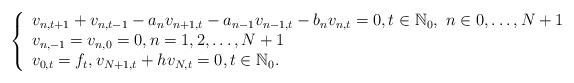
LaTeX: \begin{align*} \left\{\begin{array}lv_{n,t+1}+v_{n,t-1}-a_nv_{n+1,t}-a_{n-1}v_{n-1,t}-b_nv_{n,t}=0,t\in \mathbb{N}_0,\,\, n\in 0,\ldots, N+1\\v_{n,-1}=v_{n,0}=0,n=1,2,\ldots,N+1 \\v_{0,t}=f_t,v_{N+1,t}+hv_{N,t}=0,t\in \mathbb{N}_0.\end{array}\right.\end{align*}